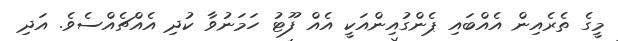
މީގެ ތެރެއިން އެއްބައި ޕެންގުއިންއަކީ އެއް ފޫޓު ހަމަނުވާ ކުދި އެއްޗެއްސެވެ. އަދި